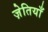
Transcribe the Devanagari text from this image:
ज़ेतियाँ